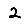
Digit: 2